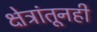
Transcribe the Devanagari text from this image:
क्षेत्रांतूनही